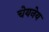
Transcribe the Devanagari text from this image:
चेयनेय